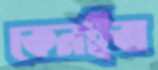
কেনইবা